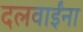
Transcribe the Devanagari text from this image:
दलवाईंना